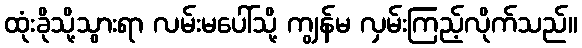
ထုံးခိုသို့သွားရာ လမ်းမပေါ်သို့ ကျွန်မ လှမ်းကြည့်လိုက်သည်။